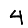
Digit: 4